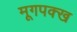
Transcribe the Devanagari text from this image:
मूगपक्ख